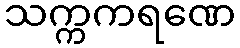
သက္ကကရဏေ